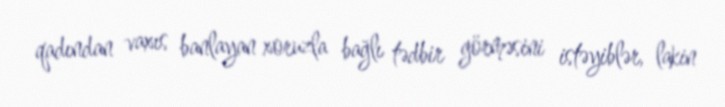
qadından vaxıs banlayan xoruzla bağlı tədbir görməsini istəyiblər, lakin